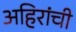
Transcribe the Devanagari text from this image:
अहिरांची